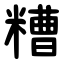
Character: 糟